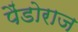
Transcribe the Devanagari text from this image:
पैंडोराज